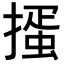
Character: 𢳱